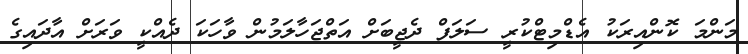
މަންމަ ކޮންއިރަކު އެޑްމިޓްކުރީ ސަލަފް ދެޖީބަށް އަތްޖަހާލަމުން ވާހަކަ ދެއްކީ ވަރަށް އާދައިގެ